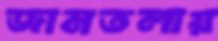
জামতলায়